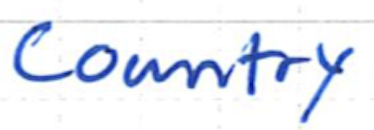
Text: Country
Cross-out: clean
Writing tool: ballpoint